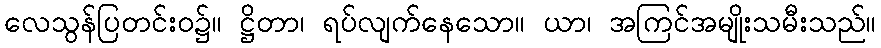
လေသွန်ပြတင်းဝ၌။ ဋ္ဌိတာ၊ ရပ်လျက်နေသော။ ယာ၊ အကြင်အမျိုးသမီးသည်။